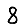
Digit: 8